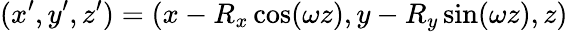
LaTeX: (x^{\prime},y^{\prime},z^{\prime})=(x-R_{x}\cos(\omega z),y-R_{y}\sin(\omega z),z)